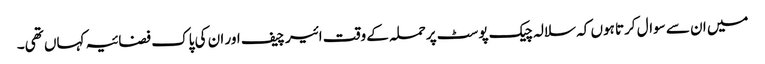
میں ان سے سوال کرتا ہوں کہ سلالہ چیک پوسٹ پرحملہ کے وقت ائیر چیف اور ان کی پاک فضائیہ کہاں تھی۔